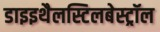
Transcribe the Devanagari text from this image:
डाइइथैलस्टिलबेस्ट्रॉल